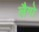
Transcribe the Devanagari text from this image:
लैगो